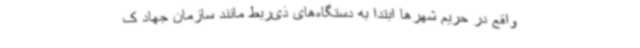
واقع در حریم شهرها ابتدا به دستگاه‌های ذی‌ربط مانند سازمان جهاد ک